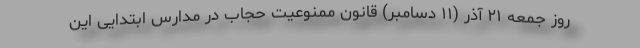
روز جمعه ۲۱ آذر (۱۱ دسامبر) قانون ممنوعیت حجاب در مدارس ابتدایی این